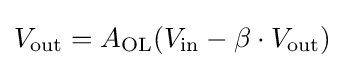
V_{\text{out}}=A_{\text{OL}}(V_{\text{in}}-\beta \cdot V_{\text{out}})